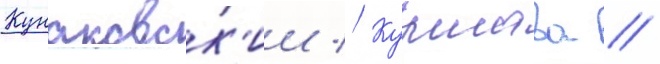
Кунаковск'ии // Куршава //